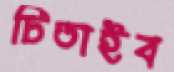
চিতাইব